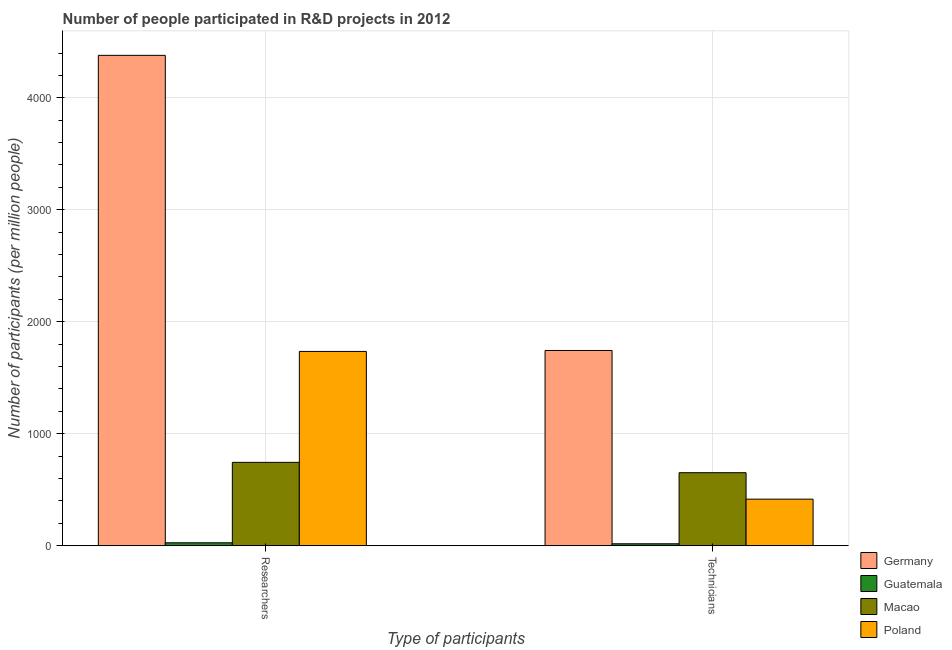
| Type of participants | Germany | Guatemala | Macao | Poland |
 | --- | --- | --- | --- | --- |
 | Researchers | 4.38e+03 | 26.7 | 745 | 1.74e+03 |
 | Technicians | 1.74e+03 | 18 | 653 | 416 |